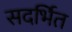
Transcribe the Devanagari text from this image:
सदर्भित